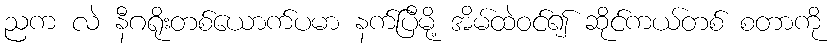
ညက လဲ နီဂရိုးတစ်ယောက်ပမာ နက်ပြီမို့ အိမ်ထဲဝင်၍ ဆိုင်ကယ်တစ် စတာကို